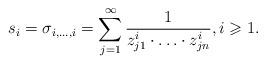
LaTeX: \begin{align*}s_i=\sigma_{i,\ldots, i}=\sum_{j=1}^\infty \frac{1}{z_{j1}^{i}\cdot\ldots\cdot z_{jn}^{i}}, i\geqslant 1. \end{align*}